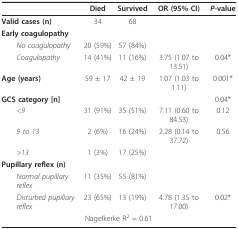
|  | Died | Survived | OR (95% CI) | P-value |
 | --- | --- | --- | --- | --- |
 | Valid cases (n) | 34 | 68 |  |  |
 | Early coagulopathy |  |  |  |  |
 | No coagulopathy | 20 (59%) | 57 (84%) |  |  |
 | Coagulopathy | 14 (41%) | 11 (16%) | 3.75 (1.07 to 13.51) | 0.04* |
 | Age (years) | 59 ± 17 | 42 ± 19 | 1.07 (1.03 to 1.11) | 0.001* |
 | GCS category [n] |  |  |  | 0.04* |
 | <9 | 31 (91%) | 35 (51%) | 7.11 (0.60 to 84.53) | 0.12 |
 | 9 to 13 | 2 (6%) | 16 (24%) | 2.28 (0.14 to 37.72) | 0.56 |
 | >13 | 1 (3%) | 17 (25%) |  |  |
 | Pupillary reflex (n) |  |  |  |  |
 | Normal pupillary reflex | 11 (35%) | 55 (81%) |  |  |
 | Disturbed pupillary reflex | 23 (65%) | 13 (19%) | 4.78 (1.35 to 17.00) | 0.02* |
 | <COLSPAN=5> Nagelkerke R2 = 0.61 |